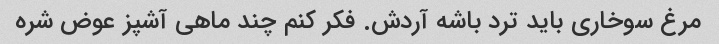
مرغ سوخاری باید ترد باشه آردش. فکر کنم چند ماهی آشپز عوض شره